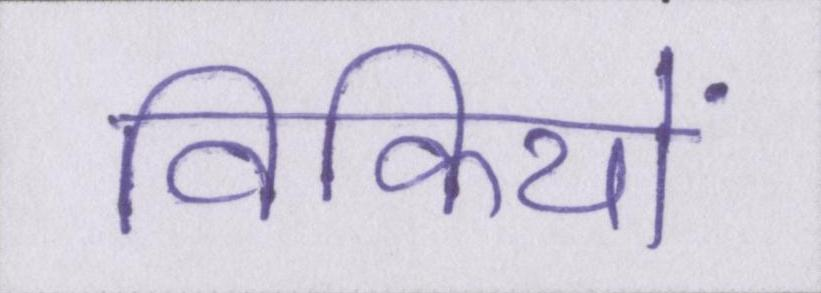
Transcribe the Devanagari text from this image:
विकियों